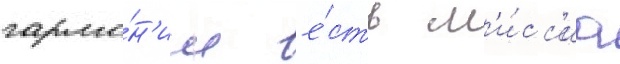
гармо́н'ии - е́сть м'и́сс'иа